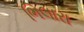
ભિલારા